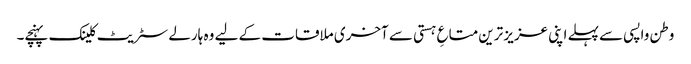
وطن واپسی سے پہلے اپنی عزیز ترین متاعِ ہستی سے آخری ملاقات کے لیے وہ ہارلے سٹریٹ کلینک پہنچے۔